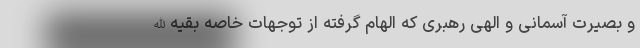
و بصیرت آسمانی و الهی رهبری که الهام گرفته از توجهات خاصه بقیه‌الله